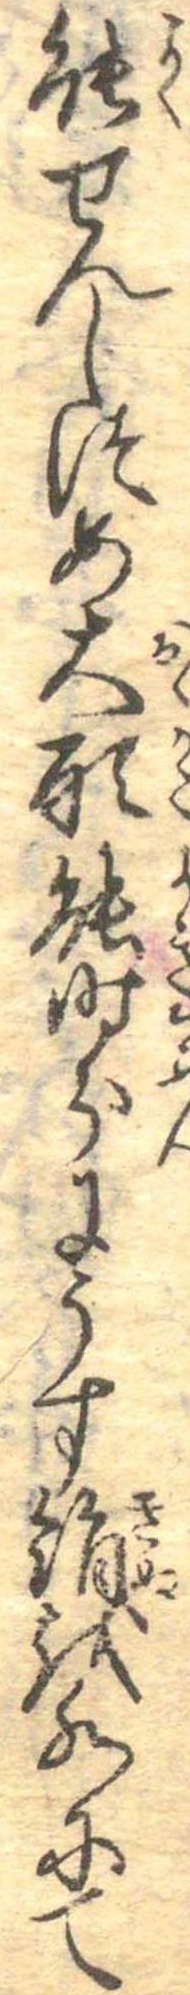
能せんしつめ大形能時分にうす絹を水にて